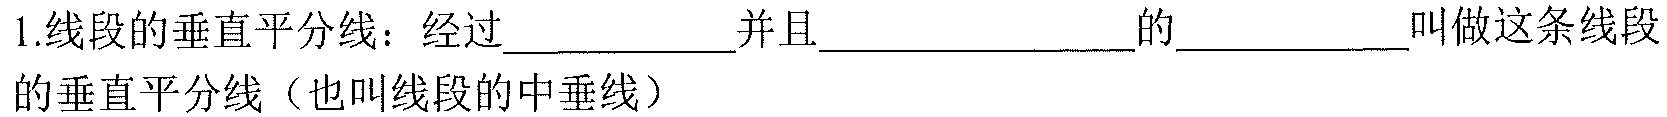
1.线段的垂直平分线：经过____________并且______________的___________叫做这条线段的垂直平分线（也叫线段的中垂线）